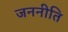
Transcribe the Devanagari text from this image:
जननीति